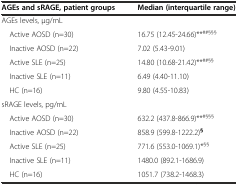
| AGEs and sRAGE, patient groups | Median (interquartile range) |
 | --- | --- |
 | AGEs levels, μg/mL |  |
 | Active AOSD (n=30) | 16.75 (12.45-24.66)**##§§§ |
 | Inactive AOSD (n=22) | 7.02 (5.43-9.01) |
 | Active SLE (n=25) | 14.80 (10.68-21.42)**##§§ |
 | Inactive SLE (n=11) | 6.49 (4.40-11.10) |
 | HC (n=16) | 9.80 (4.55-10.83) |
 | sRAGE levels, pg/mL |  |
 | Active AOSD (n=30) | 632.2 (437.8-866.9)**#§§§ |
 | Inactive AOSD (n=22) | 858.9 (599.8-1222.2)§ |
 | Active SLE (n=25) | 771.6 (553.0-1069.1)*§§ |
 | Inactive SLE (n=11) | 1480.0 (892.1-1686.9) |
 | HC (n=16) | 1051.7 (738.2-1468.3) |